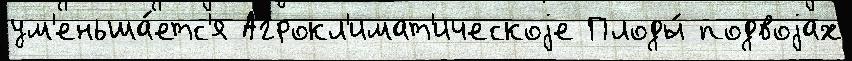
ум'еньша́етс'я Агрокл'имат'ическоjе Плоды́ подвоjах